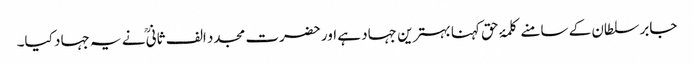
جابر سلطان کے سامنے کلمۂ حق کہنا بہترین جہاد ہے اور حضرت مجدد الف ثانیؒ نے یہ جہاد کیا۔